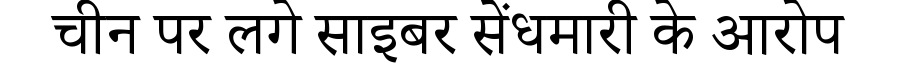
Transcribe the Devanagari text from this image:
चीन पर लगे साइबर सेंधमारी के आरोप